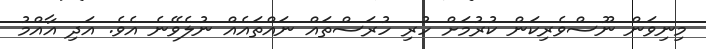
މިނިވަން ނޫސްވެރިކަން ކުރުމަށް ހުރި ހުރަސްތައް ނައްތައެއް ނުލެވޭނެ އެވެ. އަދި އާއްމު